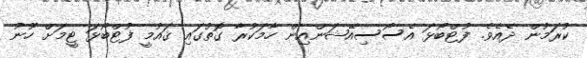
ކުރަމުން ދެއެވެ. ފުޓްބޯޅަ އެސޯސިއޭޝަންއިން ހާމަކުރާ ގޮތުގައި ޤައުމީ ފުޓްބޯޅަ ޓީމަށް ހޫނު